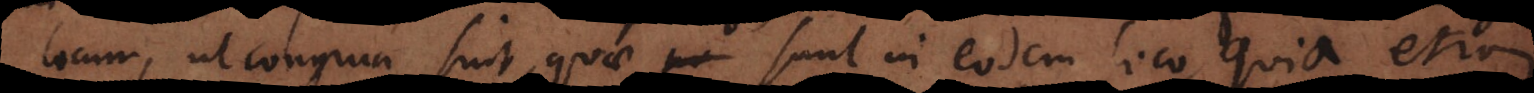
locum, ut congrua sint, quae sunt in eodem loco, quia etia